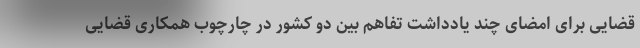
قضایی برای امضای چند یادداشت تفاهم بین دو کشور در چارچوب همکاری قضایی